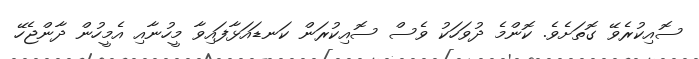
ސޮއިކުރެވޭ ގޮތަށެވެ. ކޮންމެ ދުވަހަކު ވެސް ސޮއިކުރަން ކަނޑައަޅާފައިވާ މީހުނާއި އެމީހުން ދާންޖެހޭ